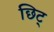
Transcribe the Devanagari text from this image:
छिट्